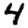
Digit: 4